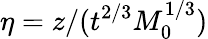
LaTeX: \eta=z/(t^{2/3}M_{0}^{1/3})